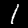
Digit: 1